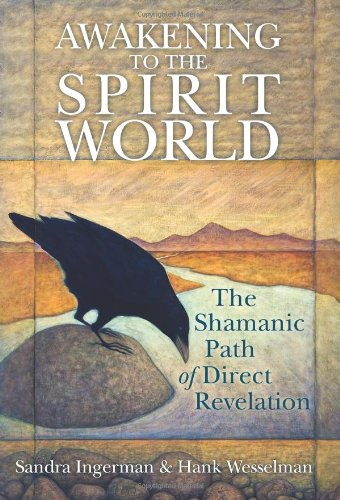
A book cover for Awakening to the Spirit World: The Shamanic Path of Direct Revelation; Sandra Ingerman; Religion & Spirituality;